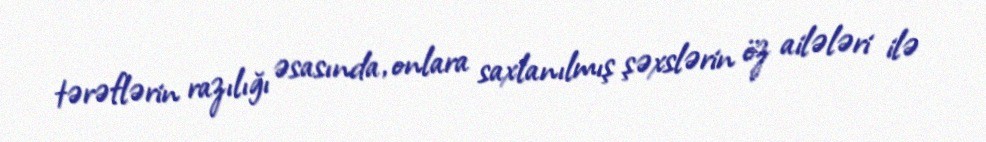
tərəflərin razılığı əsasında, onlara saxlanılmış şəxslərin öz ailələri ilə